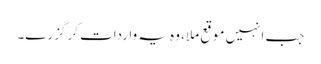
جب انہیں موقع ملا، وہ یہ واردات کر گزرے۔